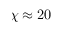
\chi \approx 2 0